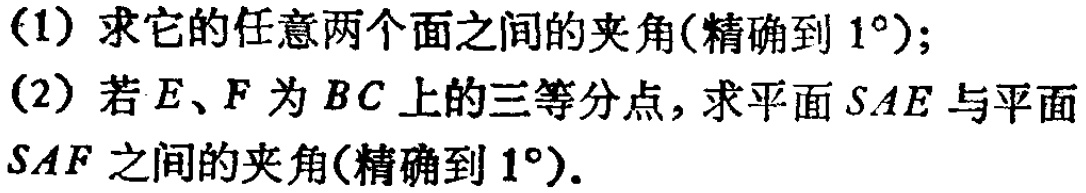
(1) 求它的任意两个面之间的夹角(精确到$1^{\circ}$);
(2) 若$E、F$为$BC$上的三等分点，求平面$SAE$与平面$SAF$之间的夹角(精确到$1^{\circ}$).